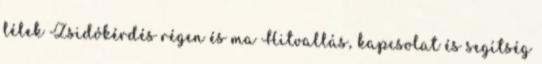
lélek Zsidókérdés régen és ma Hitvallás, kapcsolat és segítség